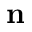
\bf { n }